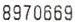
8970669